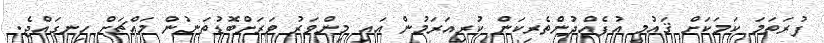
ފުރަތަމަ ކަމަކަށް ޤައުމީ އުފެއްދުންތެރިކަން ކުރިއަރަމުން އައި މިންވަރު ވަރަށްބޮޑުތަނުން މައްޗަށް ހިނގައްޖެ.